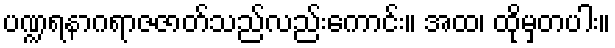
ပဏ္ဍရနာဂရာဇဇာတ်သည်လည်းကောင်း။ အထ၊ ထိုမှတပါး။